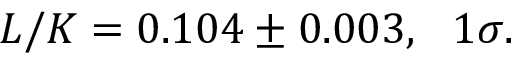
L / K = 0 . 1 0 4 \pm 0 . 0 0 3 , \ \ 1 \sigma .